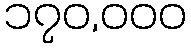
၁၇၀,၀၀၀